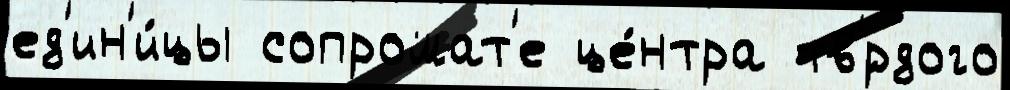
ед'ин'и́цы сопромат'е це́нтра тв'́рдого